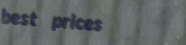
best prices